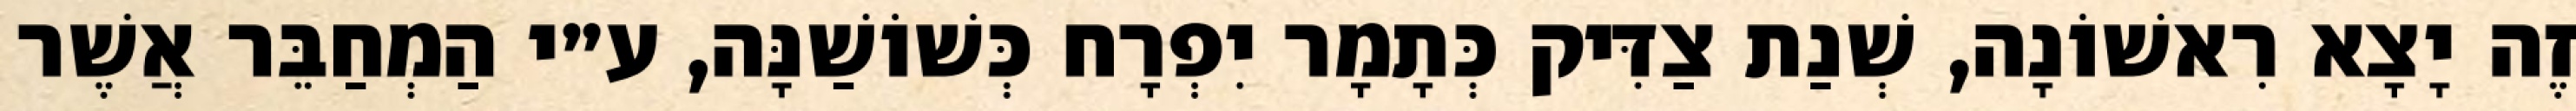
זֶה יָצָא רִאשׁוֹנָה, שְׁנַת צַדִּיק כְּתָמָר יִפְרָח כְּשׁוֹשַׁנָּה, ע״י הַמְחַבֵּר אֲשֶׁר